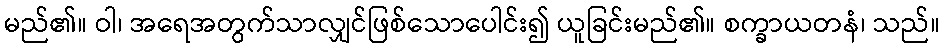
မည်၏။ ဝါ၊ အရေအတွက်သာလျှင်ဖြစ်သောပေါင်း၍ ယူခြင်းမည်၏။ စက္ခာယတနံ၊ သည်။